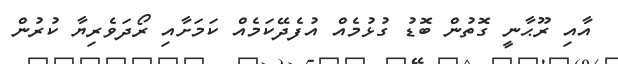
އާއި ރޫޙާނީ ގޮތުން ބޮޑު ގުޅުމެއް އުފެދޭކަމެއް ކަމަށާއި ރޯދަވެރިޔާ ކުރުން